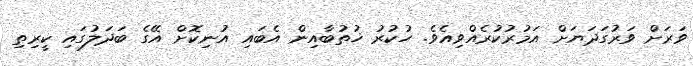
ވަރަށް ވަރުގަދަޔަށް އަމުރުކުރެއްވިއެވެ. ހުކުރު ޚުތުބާއިން އެބައި އުނިކޮށް އޭގެ ބަދަލުގައި ކީރިތި